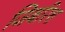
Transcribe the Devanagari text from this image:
जिबरिश